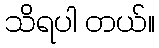
သိရပါ တယ်။